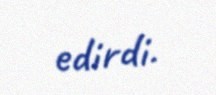
edirdi.